Report on vaccination in the Province of Bengal - 1874-1889
Year: 1874
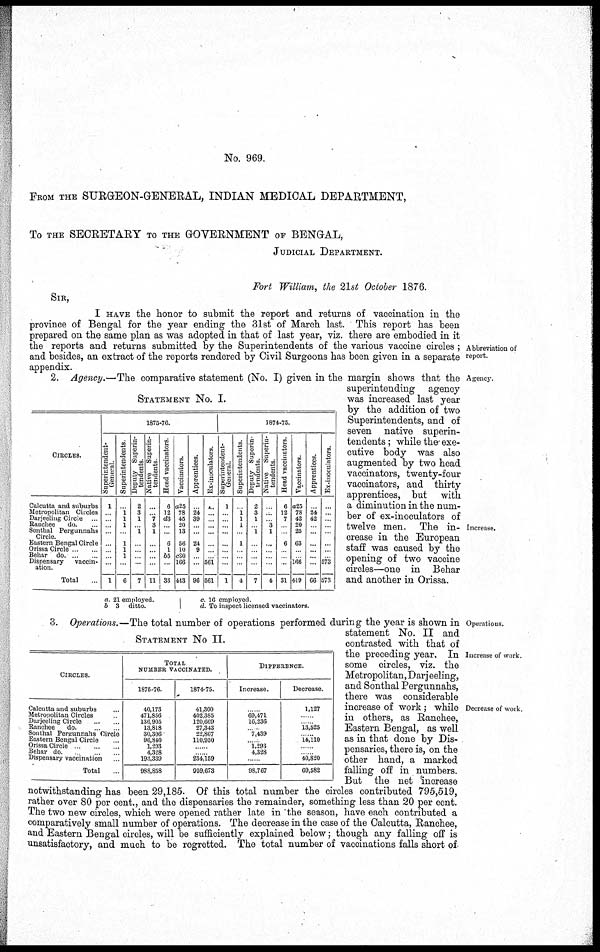
No. 969.
FROM THE SURGEON-GENERAL, INDIAN MEDICAL DEPARTMENT,
To THE SECRETARY TO THE GOVERNMENT OF BENGAL,
JUDICIAL DEPARTMENT.
Fort William, the 21st October 1876.
SIR,
Abbreviation of
report.
I HAVE the honor to submit the report and returns of vaccination in the
province of Bengal for the year ending the 31st of March last. This report has been
prepared on the same plan as was adopted in that of last year, viz. there are embodied in it
the reports and returns submitted by the Superintendents of the various vaccine circles ;
and besides, an extract of the reports rendered by Civil Surgeons has been given in a separate
appendix.
Agency.
Increase.
STATEMENT No. I.
CIRCLES.
Calcutta and suburbs
Metropolitan Circles
Darjeeling Circle
Ranchee
do ...
Sonthal Pergunnahs
Circle.
Eastern Bengal Circle
Orissa Circle ... ...
Behar
do. ... ...
Dispensary
vaccin-
ation.
Total ...
1875-76.
Superintendent-
General
1
...
...
...
...
...
...
...
...
1
Superintendents.
...
1
1
1
...
1
1
1
...
6
Deputy Superin-
tendents
2
3
1
... 1
...
...
...
...
7
Native Superin-
tendents
...
... 7
3
1
...
...
...
...
11
Head vaccinators.
6
12
d3
...
...
6
1
b5
...
33
Vaccinators.
a25
78
45
20
13
56
10
c80
166
443
Apprentices.
...
24
39
...
...
24
9
...
...
96
Ex-inoculators
...
...
...
...
...
...
...
... 561
561
1874-75
Superintendent-
General.
1
...
...
...
...
...
...
...
...
1
Superintendents.
...
1
1
1
...
1
...
...
...
4
Deputy Superin-
tendents
2
3
1
... 1
...
...
...
...
7
Native Superin-
tendents
...
...
... 3
1
...
...
...
...
4
Head vaccinators
6
12
7
...
...
6
...
...
...
31
Vaccinators.
a25
78
42
20
25
63
...
... 166
419
Apprentices.
...
24
42
...
...
...
...
...
...
66
Ex-inoculators.
...
...
...
...
...
...
...
... 573
573
a
b
21employed.
3
ditto.
c.
d.
16 employed.
To inspect licensed vaccinators.
2. Agency.—The comparative statement (No. I) given in the margin shows that the
superintending agency
was increased last year
by the addition of two
Superintendents, and of
seven native superin-
tendents; while the exe-
cutive body was also
augmented by two head
vaccinators, twenty-four
vaccinators, and thirty
apprentices, but with
a diminution in the num-
ber of ex-inoculators of
twelve men. The in-
crease in the European
staff was caused by the
opening of two vaccine
circles—one in Behar
and another in Orissa.
Operations.
Increase of work.
Decrease of work.
STATEMENT No II.
CIRCLES.
Calcutta and suburbs ...
Metropolitan Circles ...
Darjeeling
Circle...
...
Ranchee
do. ... ...
Sonthal Pergunnahs Circle
Eastern Bengal Circle ...
Orissa Circle ... ...
Behar do. ... ...
Dispensary vaccination ...
Total ...
TOTAL
NUMBER VACCINATED.
1875-76
40,173
471,856
136,905
13,818
30,306
96,840
1,293
4,328
193,339
988,858
1874-75.
41,300
402,385
120,669
27,343
22,867
110,950
......
...... 234,159
959,673
DIFFERENCE.
Increase.
......
69,471
16,236
......
7,439
......
1,293
4,328
......
98,767
Decrease.
1,127
......
......
13,525
......
14,110
......
......
40,820
69,582
3. Operations.—The total number of operations performed during the year is shown in
statement No. II and
contrasted with that of
the preceding year. In
some circles, viz. the
Metropolitan, Darjeeling,
and Sonthal Pergunnahs,
there was considerable
increase of work; while
in others, as Ranchee,
Eastern Bengal, as well
as in that done by Dis-
pensaries, there is, on the
other hand, a marked
falling off in numbers.
But the net increase
notwithstanding has been 29,185. Of this total number the circles contributed 795,519,
rather over 80 per cent., and the dispensaries the remainder, something less than 20 per cent.
The two new circles, which were opened rather late in the season, have each contributed a
comparatively small number of operations. The decrease in the case of the Calcutta, Ranchee,
and Eastern Bengal circles, will be sufficiently explained below; though any falling off is
unsatisfactory, and much to be regretted. The total number of vaccinations falls short of